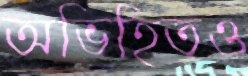
অভিহিতও